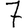
Digit: 7